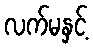
လက်မနှင့်